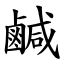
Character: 鹹